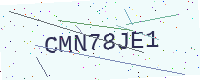
Text: CMN78JE1